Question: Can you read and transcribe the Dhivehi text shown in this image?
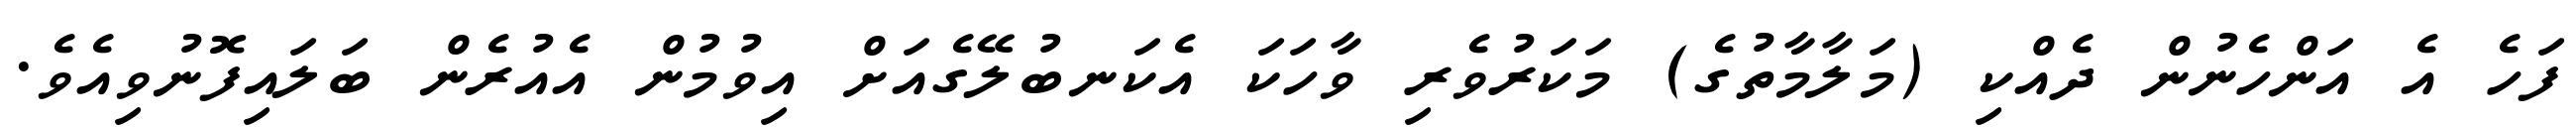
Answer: ފަހެ އެ އަންހެނުން ދެއްކި (މަލާމާތުގެ) މަކަރުވެރި ވާހަކަ އެކަނބުލޭގެއަށް އިވުމުން އެއުރެން ބަލައިފޮނުވިއެވެ.